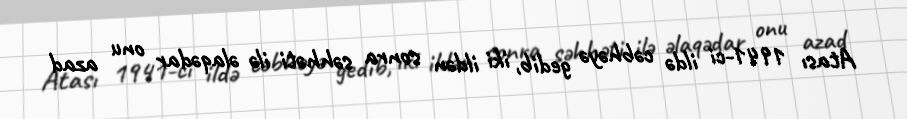
Atası 1941-ci ildə cəbhəyə gedib, iki ildən sonra səhhəti ilə əlaqədar onu azad